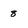
Character: 8